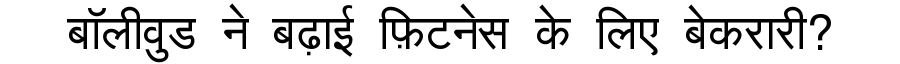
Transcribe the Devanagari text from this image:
बॉलीवुड ने बढ़ाई फ़िटनेस के लिए बेकरारी?